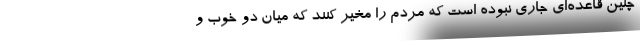
چنین قاعده‌ای جاری نبوده است که مردم را مخیر کنند که میان دو خوب و